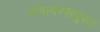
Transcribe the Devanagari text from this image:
कषायरशयुक्त